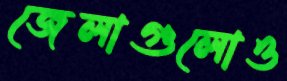
জেলাগুলোও